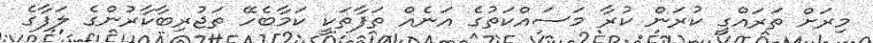
މިރަށް ތަރައްގީ ކުރަން ކުރާ މަސައްކަތުގެ އަނެއް ތަފާތަކީ ކަމާބެހޭ ތަޖުރިބާކާރުންގެ ލަފާގެ